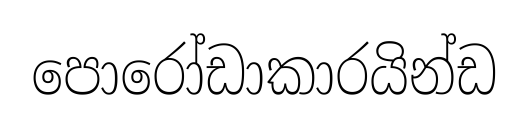
පොරෝඩාකාරයින්ඩ